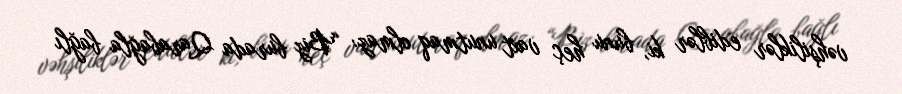
vəhşiliklər ediblər ki, bunu heç vaxt unutmaq olmaz: “Biz burada Qarabağla bağlı